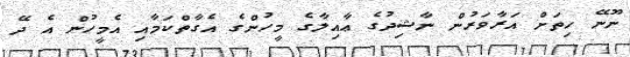
ނޫނޭ ހިތަށް އަރާވަރުން ނާޝިދުގެ ޢާއިލާގެ މީހުންގެ އެގާތްކަމާއި އެމީހުން އެ ދޭ